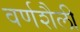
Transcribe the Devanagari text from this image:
वर्णशैली